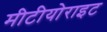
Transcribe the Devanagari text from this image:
मीटीयोराइट